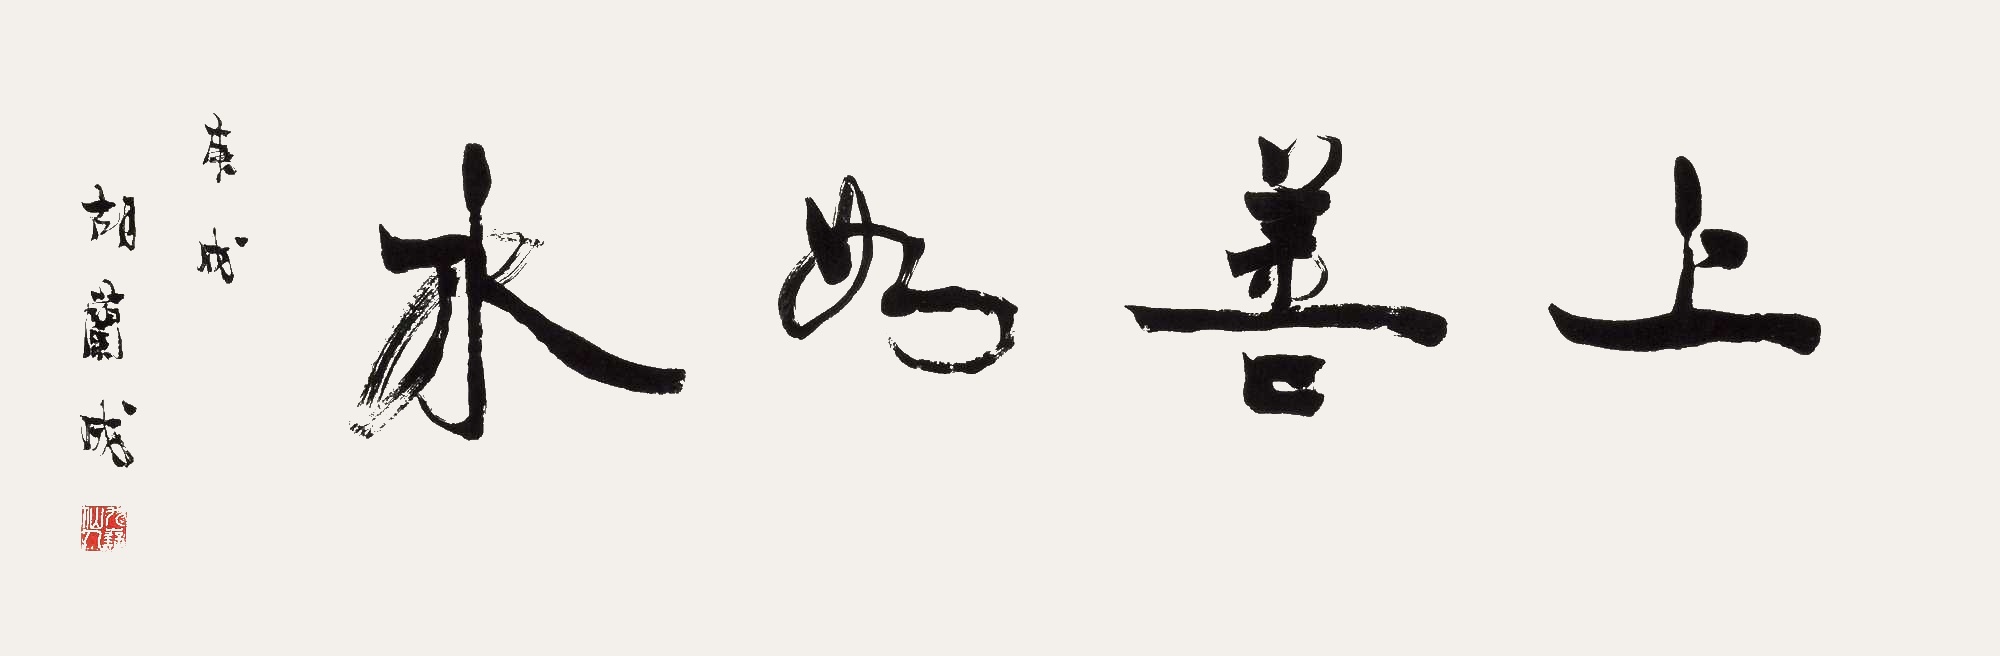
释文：上善如水庚戌。胡兰成。